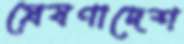
প্রেষণাদেশ